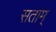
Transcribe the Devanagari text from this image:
सताम्